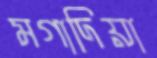
মগাদিয়া